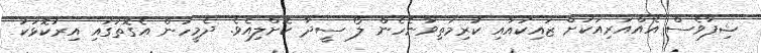
ޝިފާވެސް އެއްއަރިއަކަށް ޒައިކުއާއި ކުރިމަތިވާނެހެން ލޯ ސީދާ ކޮށްލިއެވެ. ދެމީހުން އެގޮތުގައި އިރުކޮޅަކު